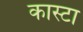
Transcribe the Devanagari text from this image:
कास्टा